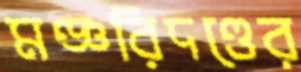
মঞ্জরিদণ্ডের